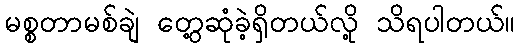
မစ္စတာမစ်ချဲ တွေ့ဆုံခဲ့ရှိတယ်လို့ သိရပါတယ်။